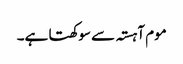
موم آہستہ سے سوکھتا ہے۔